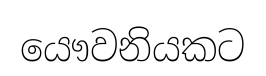
යෞවනියකට